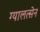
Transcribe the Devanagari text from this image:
ग्यालत्सेन